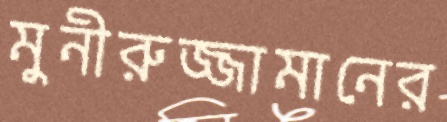
মুনীরুজ্জামানের